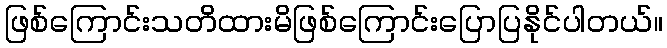
ဖြစ်ကြောင်းသတိထားမိဖြစ်ကြောင်းပြောပြနိုင်ပါတယ်။